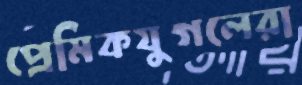
প্রেমিকযুগলেরা